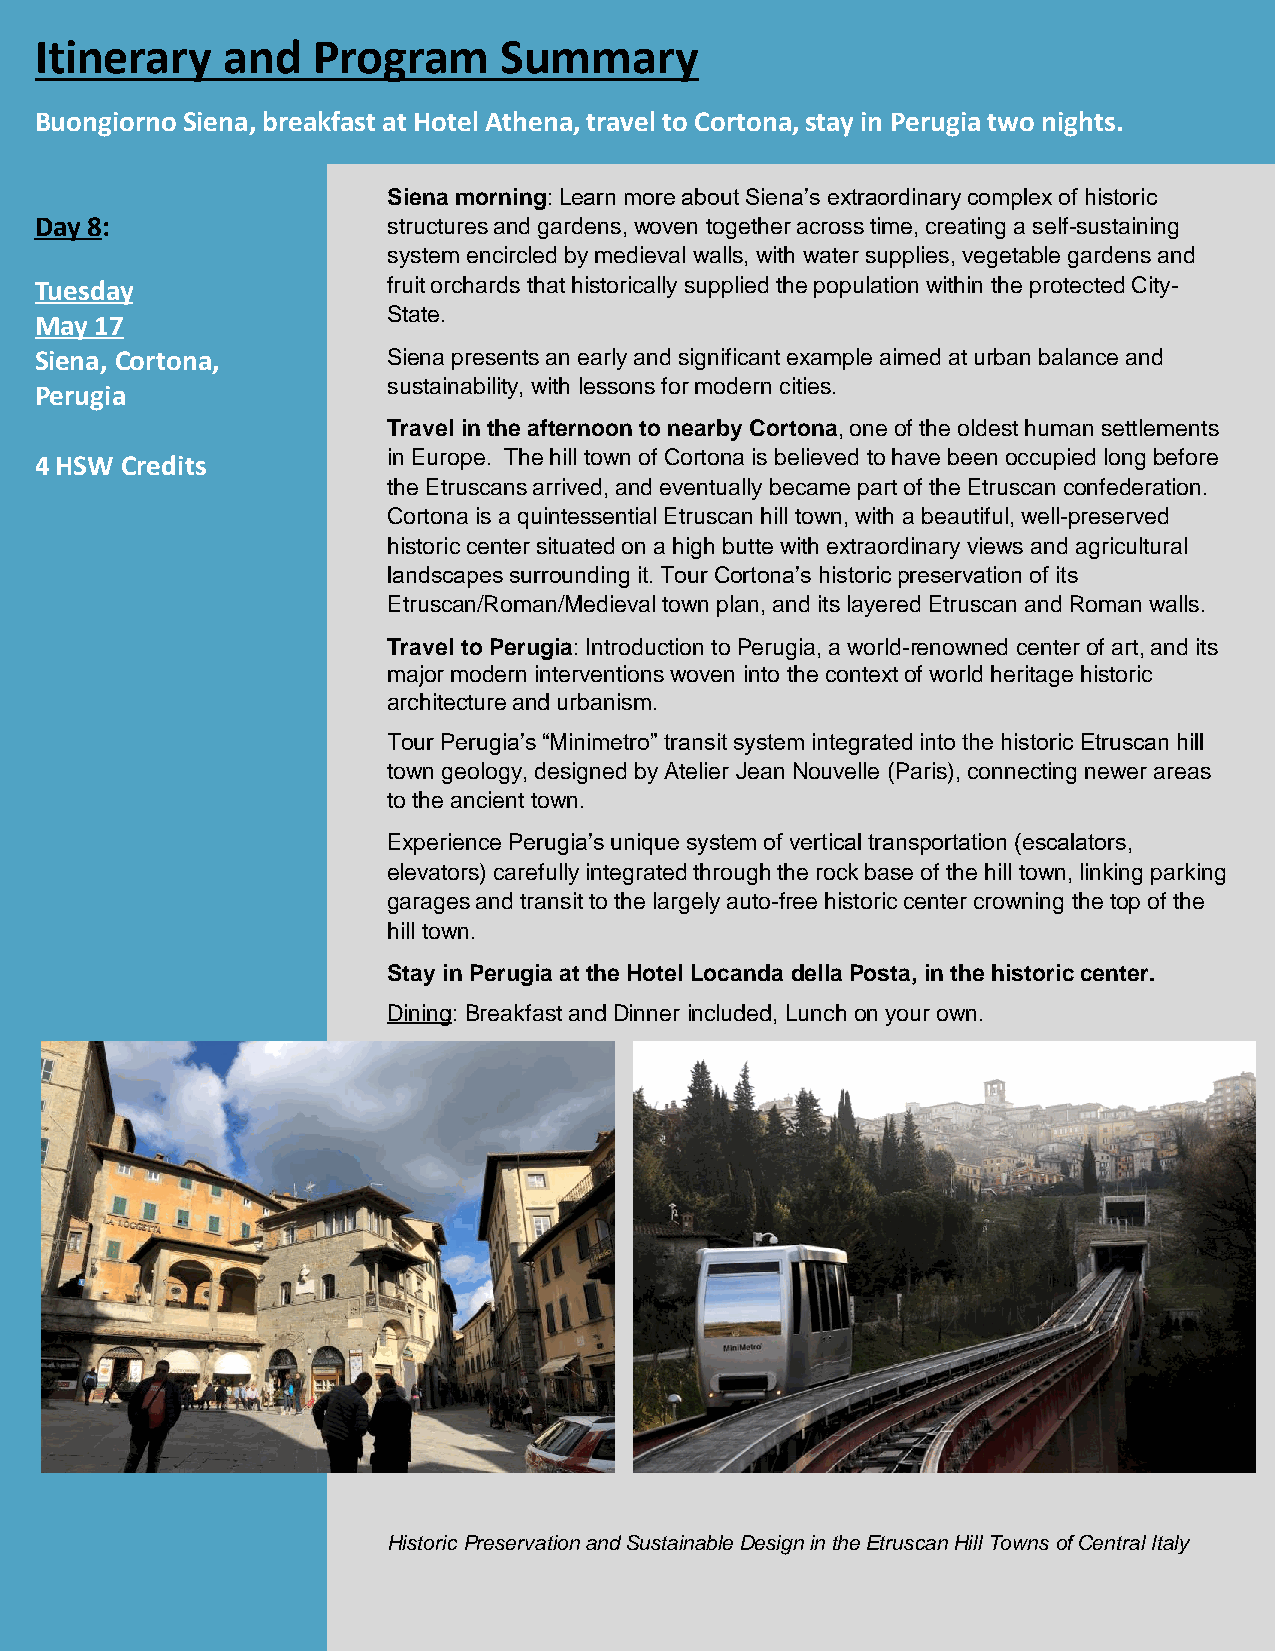
Itinerary    and   Program     Summary
 Buongiorno Siena, breakfast at Hotel Athena, travel to Cortona, stay in Perugia two nights.
 Sienamorning: Learn more about Siena’s extraordinary complex of historic
 Day 8:                  structures and gardens, woven together across time, creating a self-sustaining
 system encircled by medieval walls, with water supplies, vegetable gardens and
 Tuesday                 fruit orchards that historically supplied the population within the protected City-
 State.
 May 17
 Siena, Cortona,         Siena presents an early and significant example aimed at urban balance and
 sustainability, with lessons for modern cities.
 Perugia
 Travel in the afternoon to nearby Cortona, one of the oldest human settlements
 4 HSW Credits           in Europe. The hill town of Cortona is believed to have been occupied long before
 the Etruscans arrived, and eventually became part of the Etruscan confederation.
 Cortona is a quintessential Etruscan hill town, with a beautiful, well-preserved
 historic center situated on a high butte with extraordinary views and agricultural
 landscapes surrounding it. Tour Cortona’s historic preservation of its
 Etruscan/Roman/Medieval town plan, and its layered Etruscan and Roman walls.
 Travel to Perugia: Introduction to Perugia, a world-renowned center of art, and its
 major modern interventions woven into the context of world heritage historic
 architecture and urbanism.
 Tour Perugia’s “Minimetro” transit system integrated into the historic Etruscan hill
 town geology, designed by Atelier Jean Nouvelle (Paris), connecting newer areas
 to the ancient town.
 Experience Perugia’s unique system of vertical transportation (escalators,
 elevators) carefully integrated through the rock base of the hill town, linking parking
 garages and transit to the largely auto-free historic center crowning the top of the
 hill town.
 StayinPerugiaat theHotelLocanda dellaPosta,inthehistoriccenter.
 Dining: BreakfastandDinner included, Lunchonyour own.
 HistoricPreservationandSustainableDesignintheEtruscanHill TownsofCentralItaly